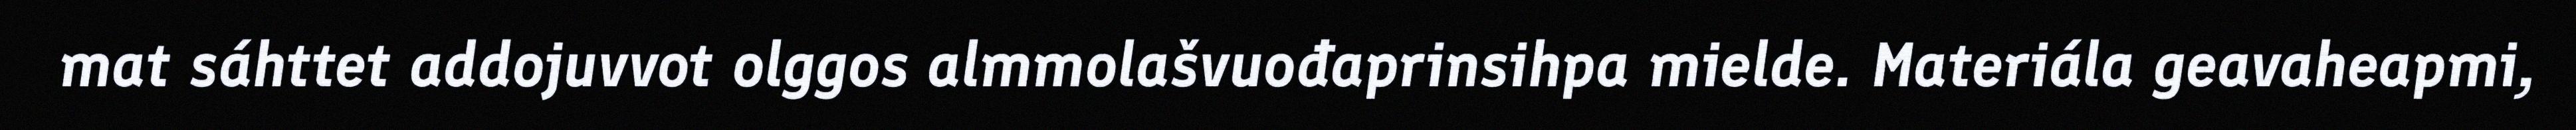
mat sáhttet addojuvvot olggos almmolašvuođaprinsihpa mielde. Materiála geavaheapmi,